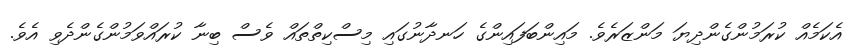
އެކަމެއް ކުރަމުންގެންދިޔަ މަންޒަރެވެ. މައިންބަފައިންގެ ހަނދާނުގައި މިސްކިތްތައް ވެސް ބިނާ ކުރައްވަމުންގެންދެވި އެވެ.